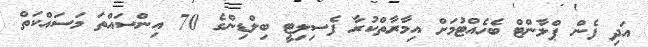
އަދި ފެން ޕްލާންޓް ބެހެއްޓުމަށް އިމާރާތްކުރާ ފެސިލިޓީ ބިލްޑިންގެ 70 އިންސައްތަ މަސައްކަތް